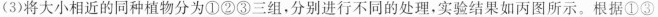
(3)将大小相近的同种植物分为①②③三组，分别进行不同的处理，实验结果如丙图所示。根据①③